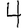
Digit: 4